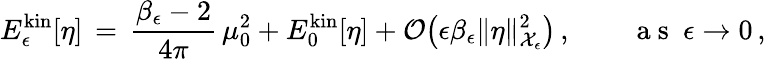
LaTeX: E_{\epsilon}^{\mathrm{kin}}[\eta]\, =\, \frac{\beta_{\epsilon}-2}{4\pi}\, \mu_{0}^{2}+E_{0}^{\mathrm{kin}}[\eta]+\mathcal{O}\bigl(\epsilon\beta_{\epsilon}\| \eta\| _{\mathcal{X}_{\epsilon}}^{2}\bigr)\, ,\qquad\mathrm{~a~s~}~\epsilon\to 0\, ,